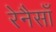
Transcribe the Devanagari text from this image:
रेनैसाँ